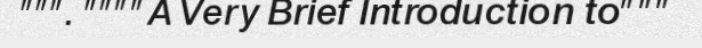
""". """"A Very Brief Introduction to"""